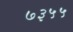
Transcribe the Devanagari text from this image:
७३५५